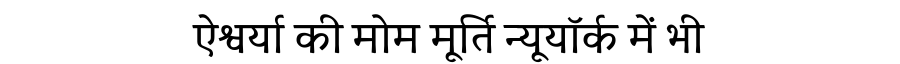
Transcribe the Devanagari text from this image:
ऐश्वर्या की मोम मूर्ति न्यूयॉर्क में भी